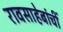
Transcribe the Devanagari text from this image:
रावसाहेबांचीं